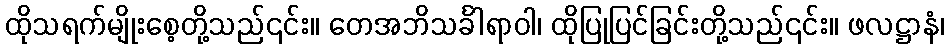
ထိုသရက်မျိုးစေ့တို့သည်၎င်း။ တေအဘိသင်္ခါရာဝါ၊ ထိုပြုပြင်ခြင်းတို့သည်၎င်း။ ဖလဋ္ဌာနံ၊